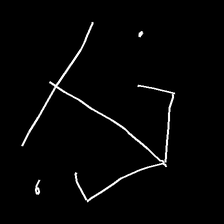
Glyph: earth